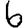
Digit: 6